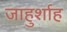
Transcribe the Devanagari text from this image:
जाहुर्शाह